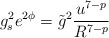
\begin{align*}g_s^2 e^{2\phi} = \tilde{g}^2 \frac{u^{7-p}}{R^{7-p}}\end{align*}